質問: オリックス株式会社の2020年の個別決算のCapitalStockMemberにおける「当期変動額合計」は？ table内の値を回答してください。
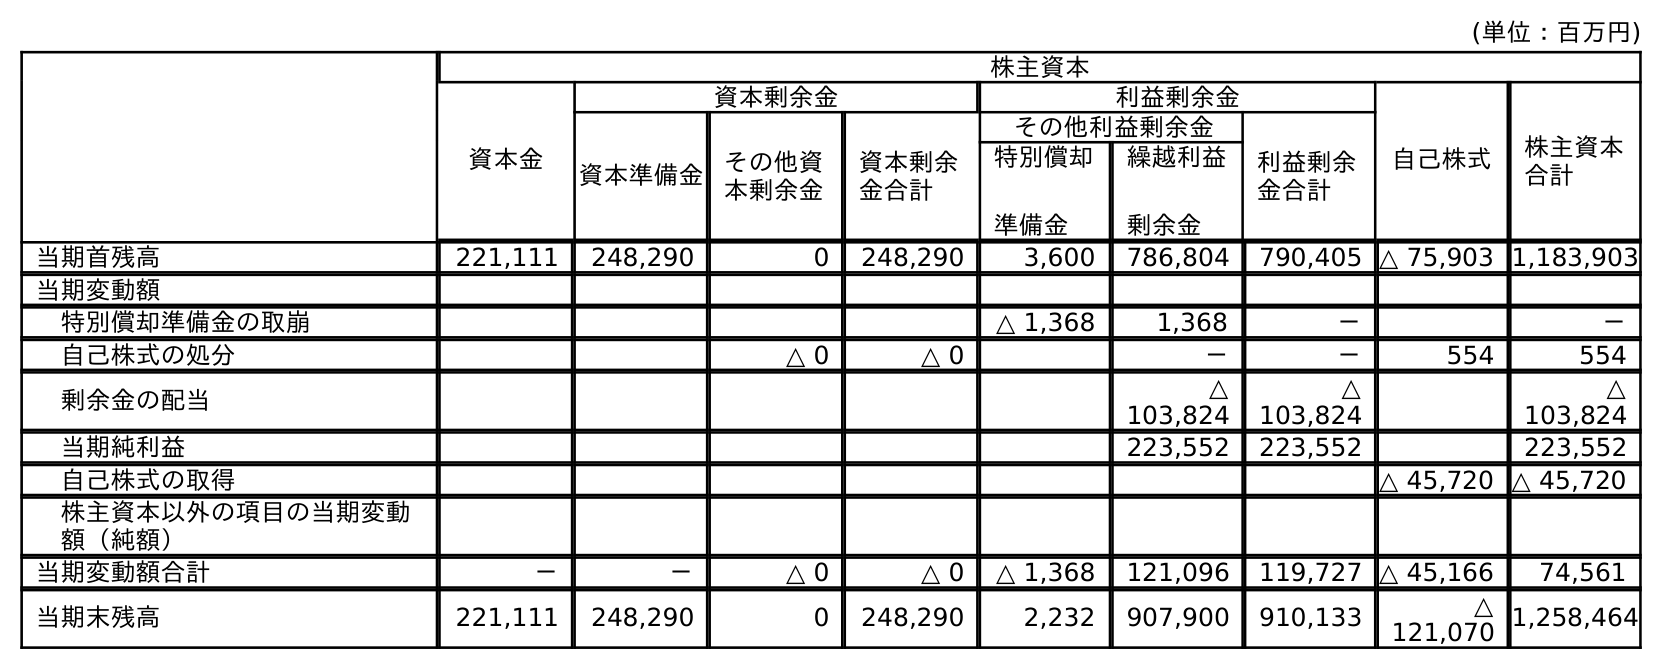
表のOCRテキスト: (単位：百万円) 株主資本 資本金 資本剰余金 利益剰余金 自己株式 株主資本 合計 資本準備金 その他資 本剰余金 資本剰余 金合計 その他利益剰余金 利益剰余 金合計 特別償却 準備金 繰越利益 剰余金 当期首残高 221,111 248,290 0 248,290 3,600 786,804 790,405 △ 75,903 1,183,903 当期変動額 特別償却準備金の取崩 △ 1,368 1,368 － － 自己株式の処分 △ 0 △ 0 － － 554 554 剰余金の配当 △ 103,824 △ 103,824 △ 103,824 当期純利益 223,552 223,552 223,552 自己株式の取得 △ 45,720 △ 45,720 株主資本以外の項目の当期変動 額（純額） 当期変動額合計 － － △ 0 △ 0 △ 1,368 121,096 119,727 △ 45,166 74,561 当期末残高 221,111 248,290 0 248,290 2,232 907,900 910,133 △ 121,070 1,258,464
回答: －